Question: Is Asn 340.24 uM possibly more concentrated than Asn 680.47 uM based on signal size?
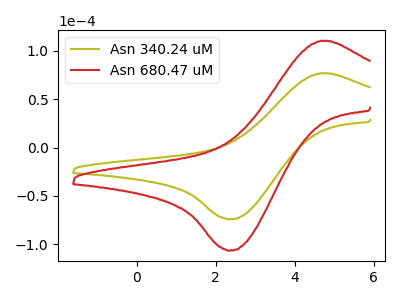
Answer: <think>The olive curve "Asn 340.24 uM" has an anodic peak at (4.65V, 76.80uA) and a cathodic peak at (2.40V, -74.00uA). The red curve "Asn 680.47 uM" has an anodic peak at (4.65V, 110.30uA) and a cathodic peak at (2.40V, -106.30uA).
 All the peaks in "Asn 340.24 uM" have a peak in "Asn 680.47 uM" at the same potential. Every peak in "Asn 340.24 uM" is lower than every peak in "Asn 680.47 uM".</think>
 <answer>"Asn 340.24 uM" has less signal than "Asn 680.47 uM".</answer>
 <eval>less_signal</eval>